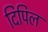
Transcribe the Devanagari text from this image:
दिपिल